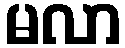
မလာ